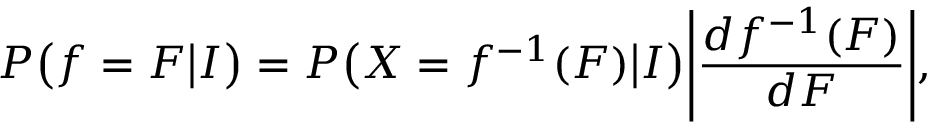
P \big ( f = F \big | I \big ) = P \big ( X = f ^ { - 1 } ( F ) \big | I \big ) \Bigg | \frac { d f ^ { - 1 } ( F ) } { d F } \Bigg | ,